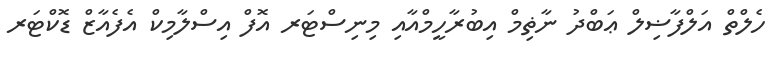
ހެލްތް އަލްފާޟިލް ޢަބްދު ނާޡިމް އިބުރާހީމްއާއި މިނިސްޓަރ އޮފް އިސްލާމިކް އެފެއާޒް ޑޮކްޓަރ